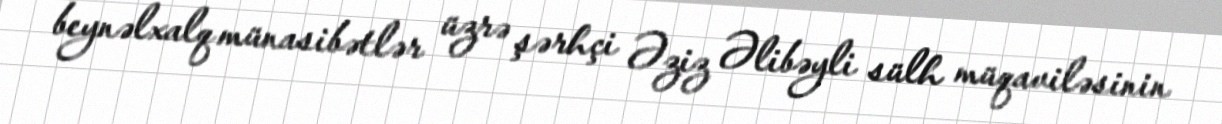
beynəlxalq münasibətlər üzrə şərhçi Əziz Əlibəyli sülh müqaviləsinin